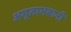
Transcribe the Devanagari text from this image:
अमृताभवानी